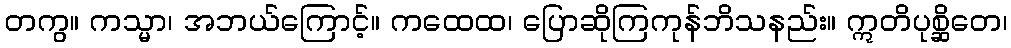
တကွ။ ကသ္မာ၊ အဘယ်ကြောင့်။ ကထေထ၊ ပြောဆိုကြကုန်ဘိသနည်း။ ဣတိပုစ္ဆိတေ၊